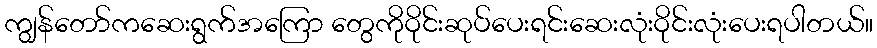
ကျွန်တော်ကဆေးရွက်အကြော တွေကိုဝိုင်းဆုပ်ပေးရင်းဆေးလုံးဝိုင်းလုံးပေးရပါတယ်။